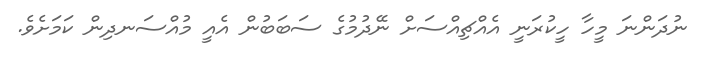
ނުދަންނަ މީހާ ހީކުރަނީ އެއްޗިއްސަށް ނޭދުމުގެ ސަބަބުން އެއީ މުއްސަނދިން ކަމަށެވެ.